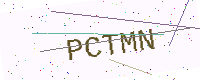
Text: PCTMN